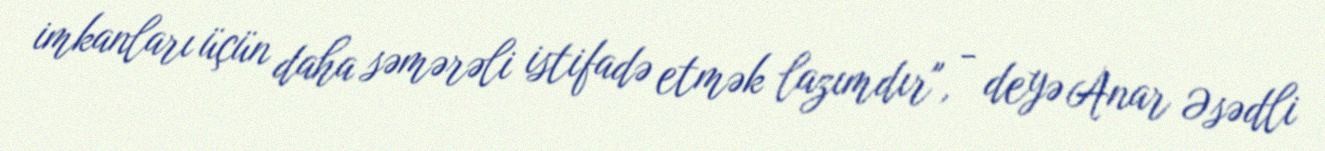
imkanları üçün daha səmərəli istifadə etmək lazımdır", - deyə Anar Əsədli